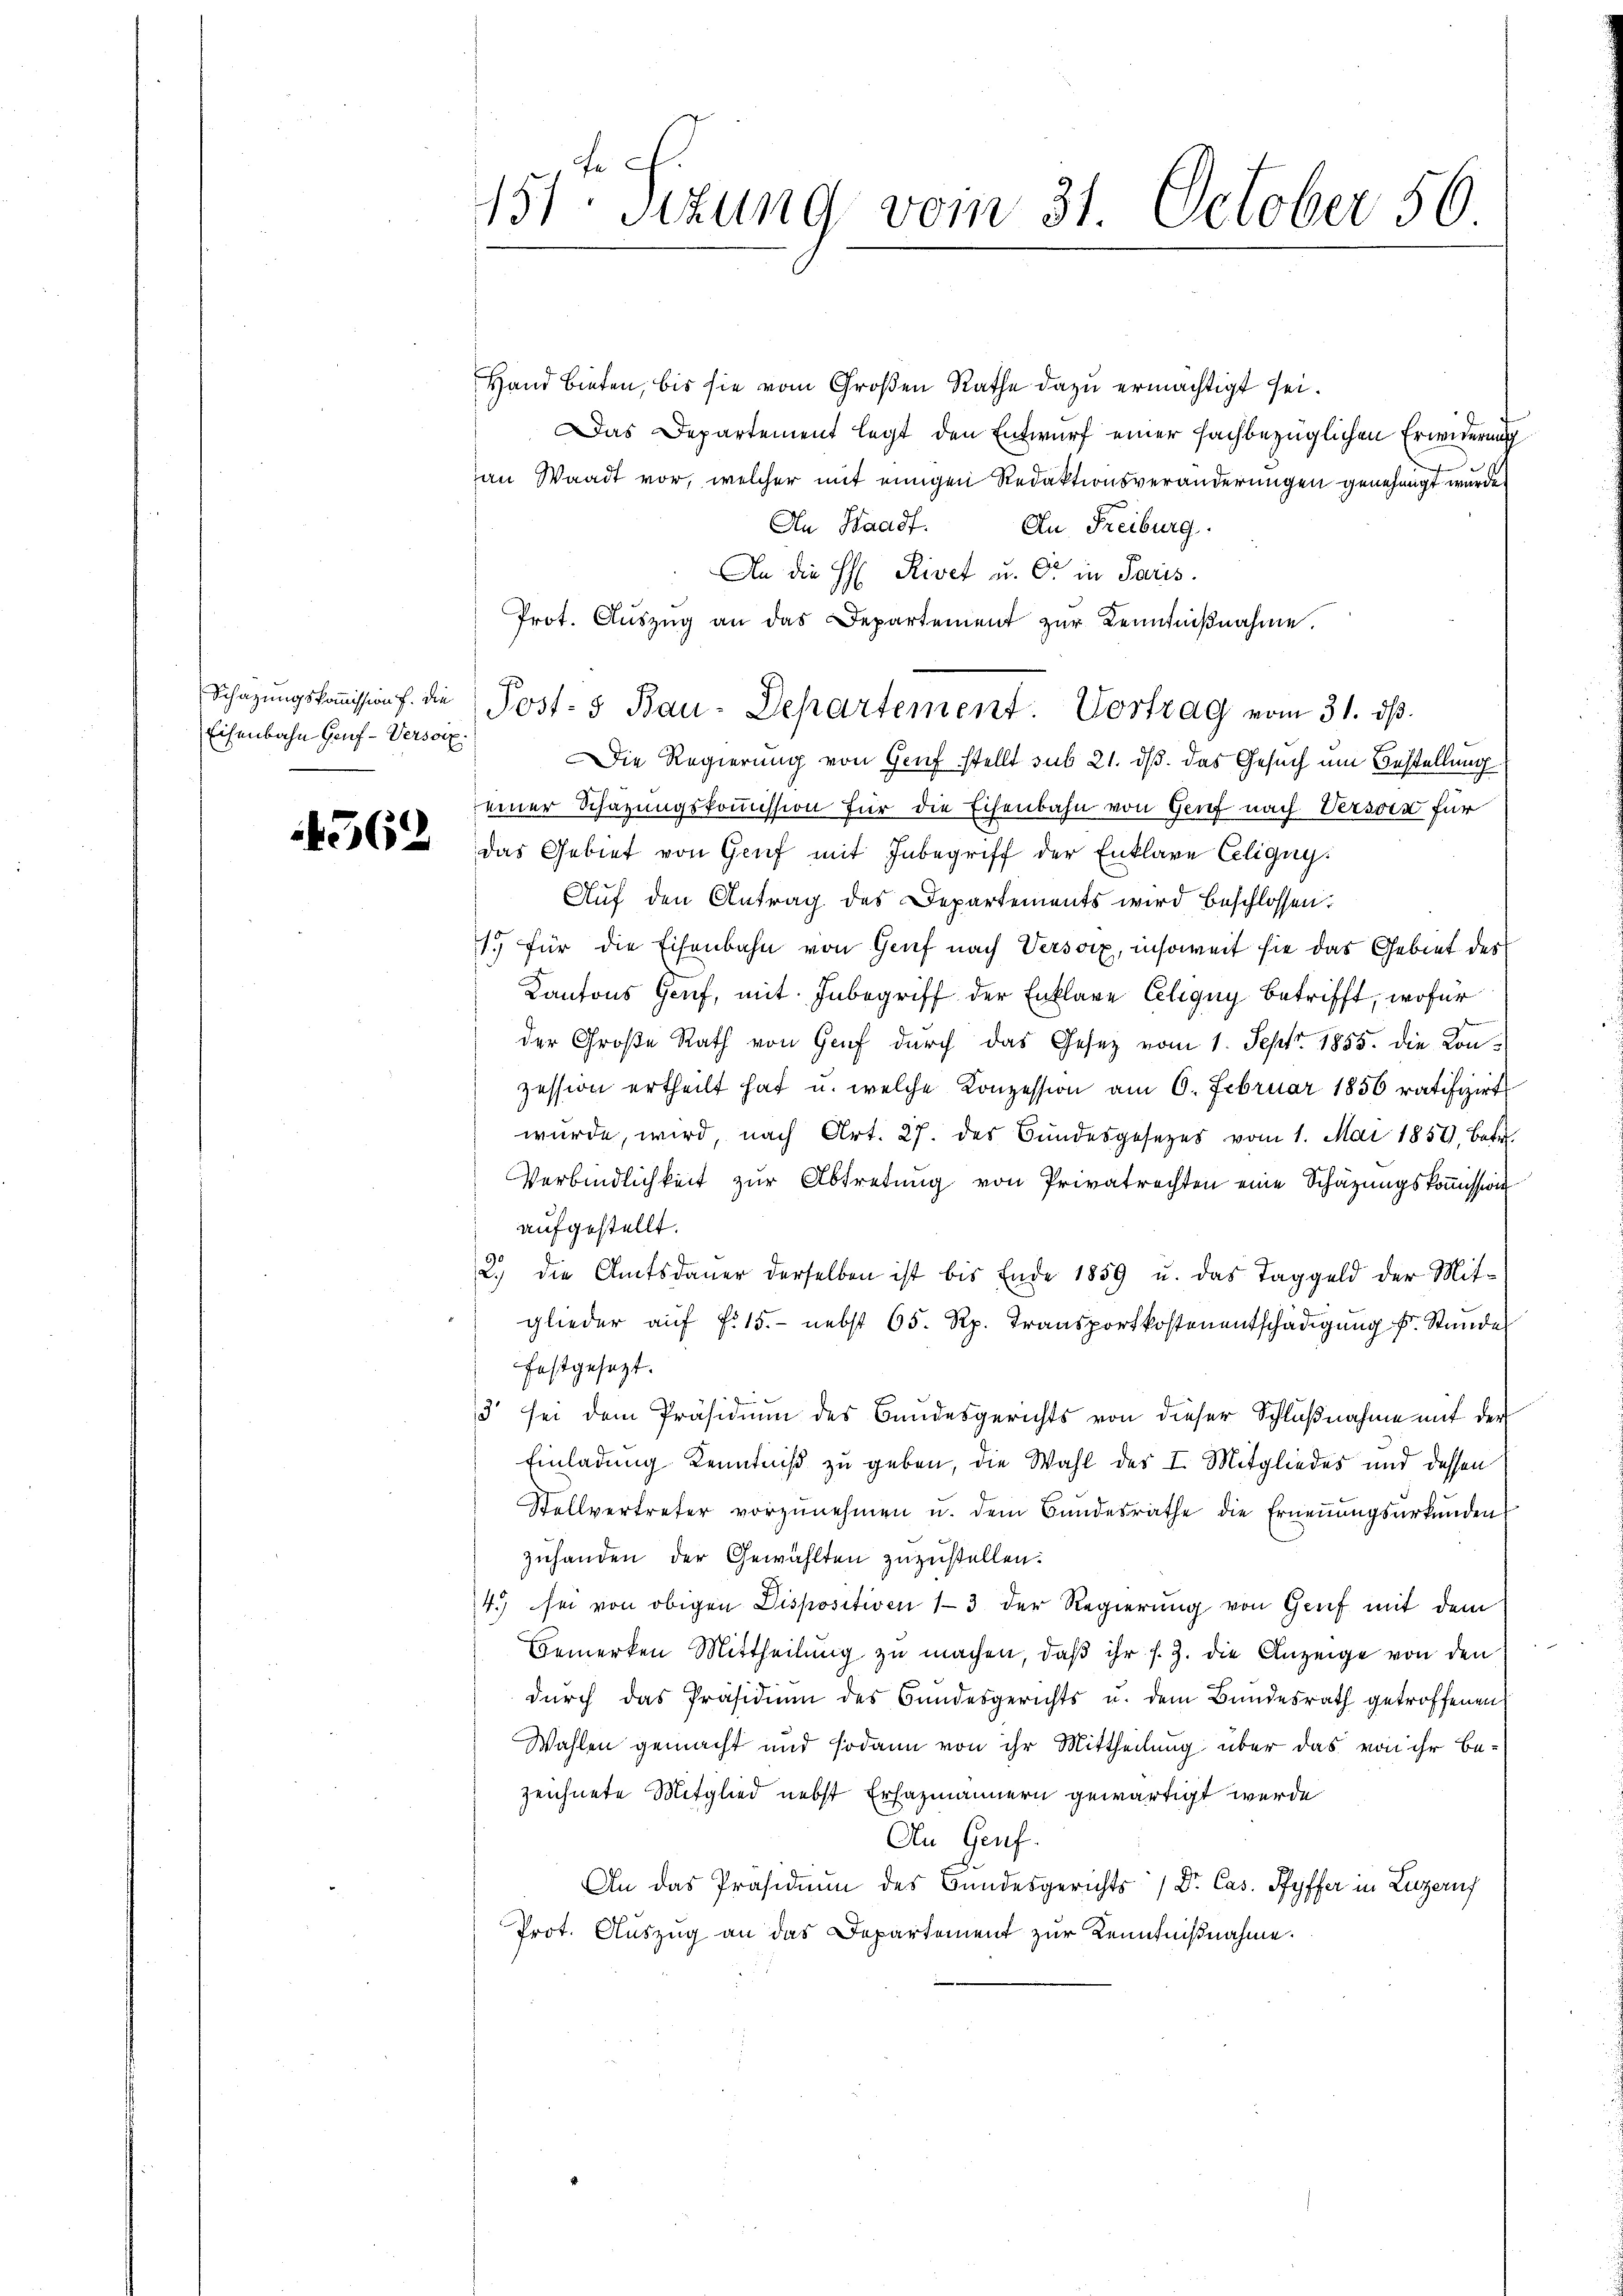
Eisenbahn Genf-Versoix

4562

151ten Sizung vom 31. October 56

Hand bieten, bis sie vom Großen Rathe dazu ermächtigt sei.
Das Departement legt den Entwurf einer fachbezüglichen Erwiderung
an Waadt vor, welcher mit einigen Redaktionsveränderungen genehmigt wurde.
An Waadt.
An, Freiburg.
An die H. Rivet u. er in Paris.
Prot. Auszug an das Departement zur Kenntnißnahme.
Die Regierung von Genf stellt sub 21. ds. das Gesuch um Bestellung
einer Schazungskoṁission für die Eisenbahn von Genf nach Verson für
das Gebiet von Genf mit Inbegriff der Enklare Eeligig.
Auf den Antrag des Departements wird beschlossen:
1. für die Eisenbahn von Genf nach Versoix, insoweit sie das Gebiet des
Kantons Genf, mit Inbegriff der Enklage Eeligny betrifft, wofür
der Große Rath von Genf durch das Gesetz vom 1. Sept. 1855. die Konzession ertheilt hat u. welche Konzession am 6. Februar 1856 ratifizirt
würde, wird, nach Art. 27. des Bundesgesetzes vom 1. Mai 1858 betr.
Verbindlichkeit zur Abtretung von Privatrechten eine Schätzungskommission
aufgestellt.
2.) die Amtsdaŭer derselben ist bis Ende 1859 u. das Taggeld der Mit-
glieder auf fr. 15. nebst 65. Rp. Transportkostenentschädigung u. Stunde
festgesezt.
3 sei dem Präsidium des Bundesgerichts von dieser Schlußnahme mit der
Einladung Kenntniß zu geben, die Wahl des I. Mitgliedes und dessen
Stellvertreter vorzŭnehmen u. dem Bundesrathe die Erneṅŭngsurkunden
zuhanden der Gewählten zuzustellen.
4.) sei von obigen Dispositiven 13 der Regierung von Genf mit dem
Bemerken Mittheilung zu machen, daß ihr s. Z. die Anzeige von den
durch das Präsidium des Bundesgerichts u. dem Bundesrath getroffenen
Wahlen gemacht und sodann von ihr Mittheilung über das von ihr be-
zeichnete Mitglied nebst Erfazmännern gewärtigt werde
An Genf.
An das Präsidium des Bundesgerichts (Dr. Cas. Pfyffer in Luzern
Prot. Auszug an das Departement zur Kenntnißnahme.

Schazungskoṁission f. die Post- & Bau-Departement. Vortrag vom 31. dβ.